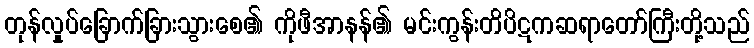
တုန်လှုပ်ခြောက်ခြားသွားစေ၏ ကိုဖီအာနန်၏ မင်းကွန်းတိပိဋကဆရာတော်ကြီးတို့သည်